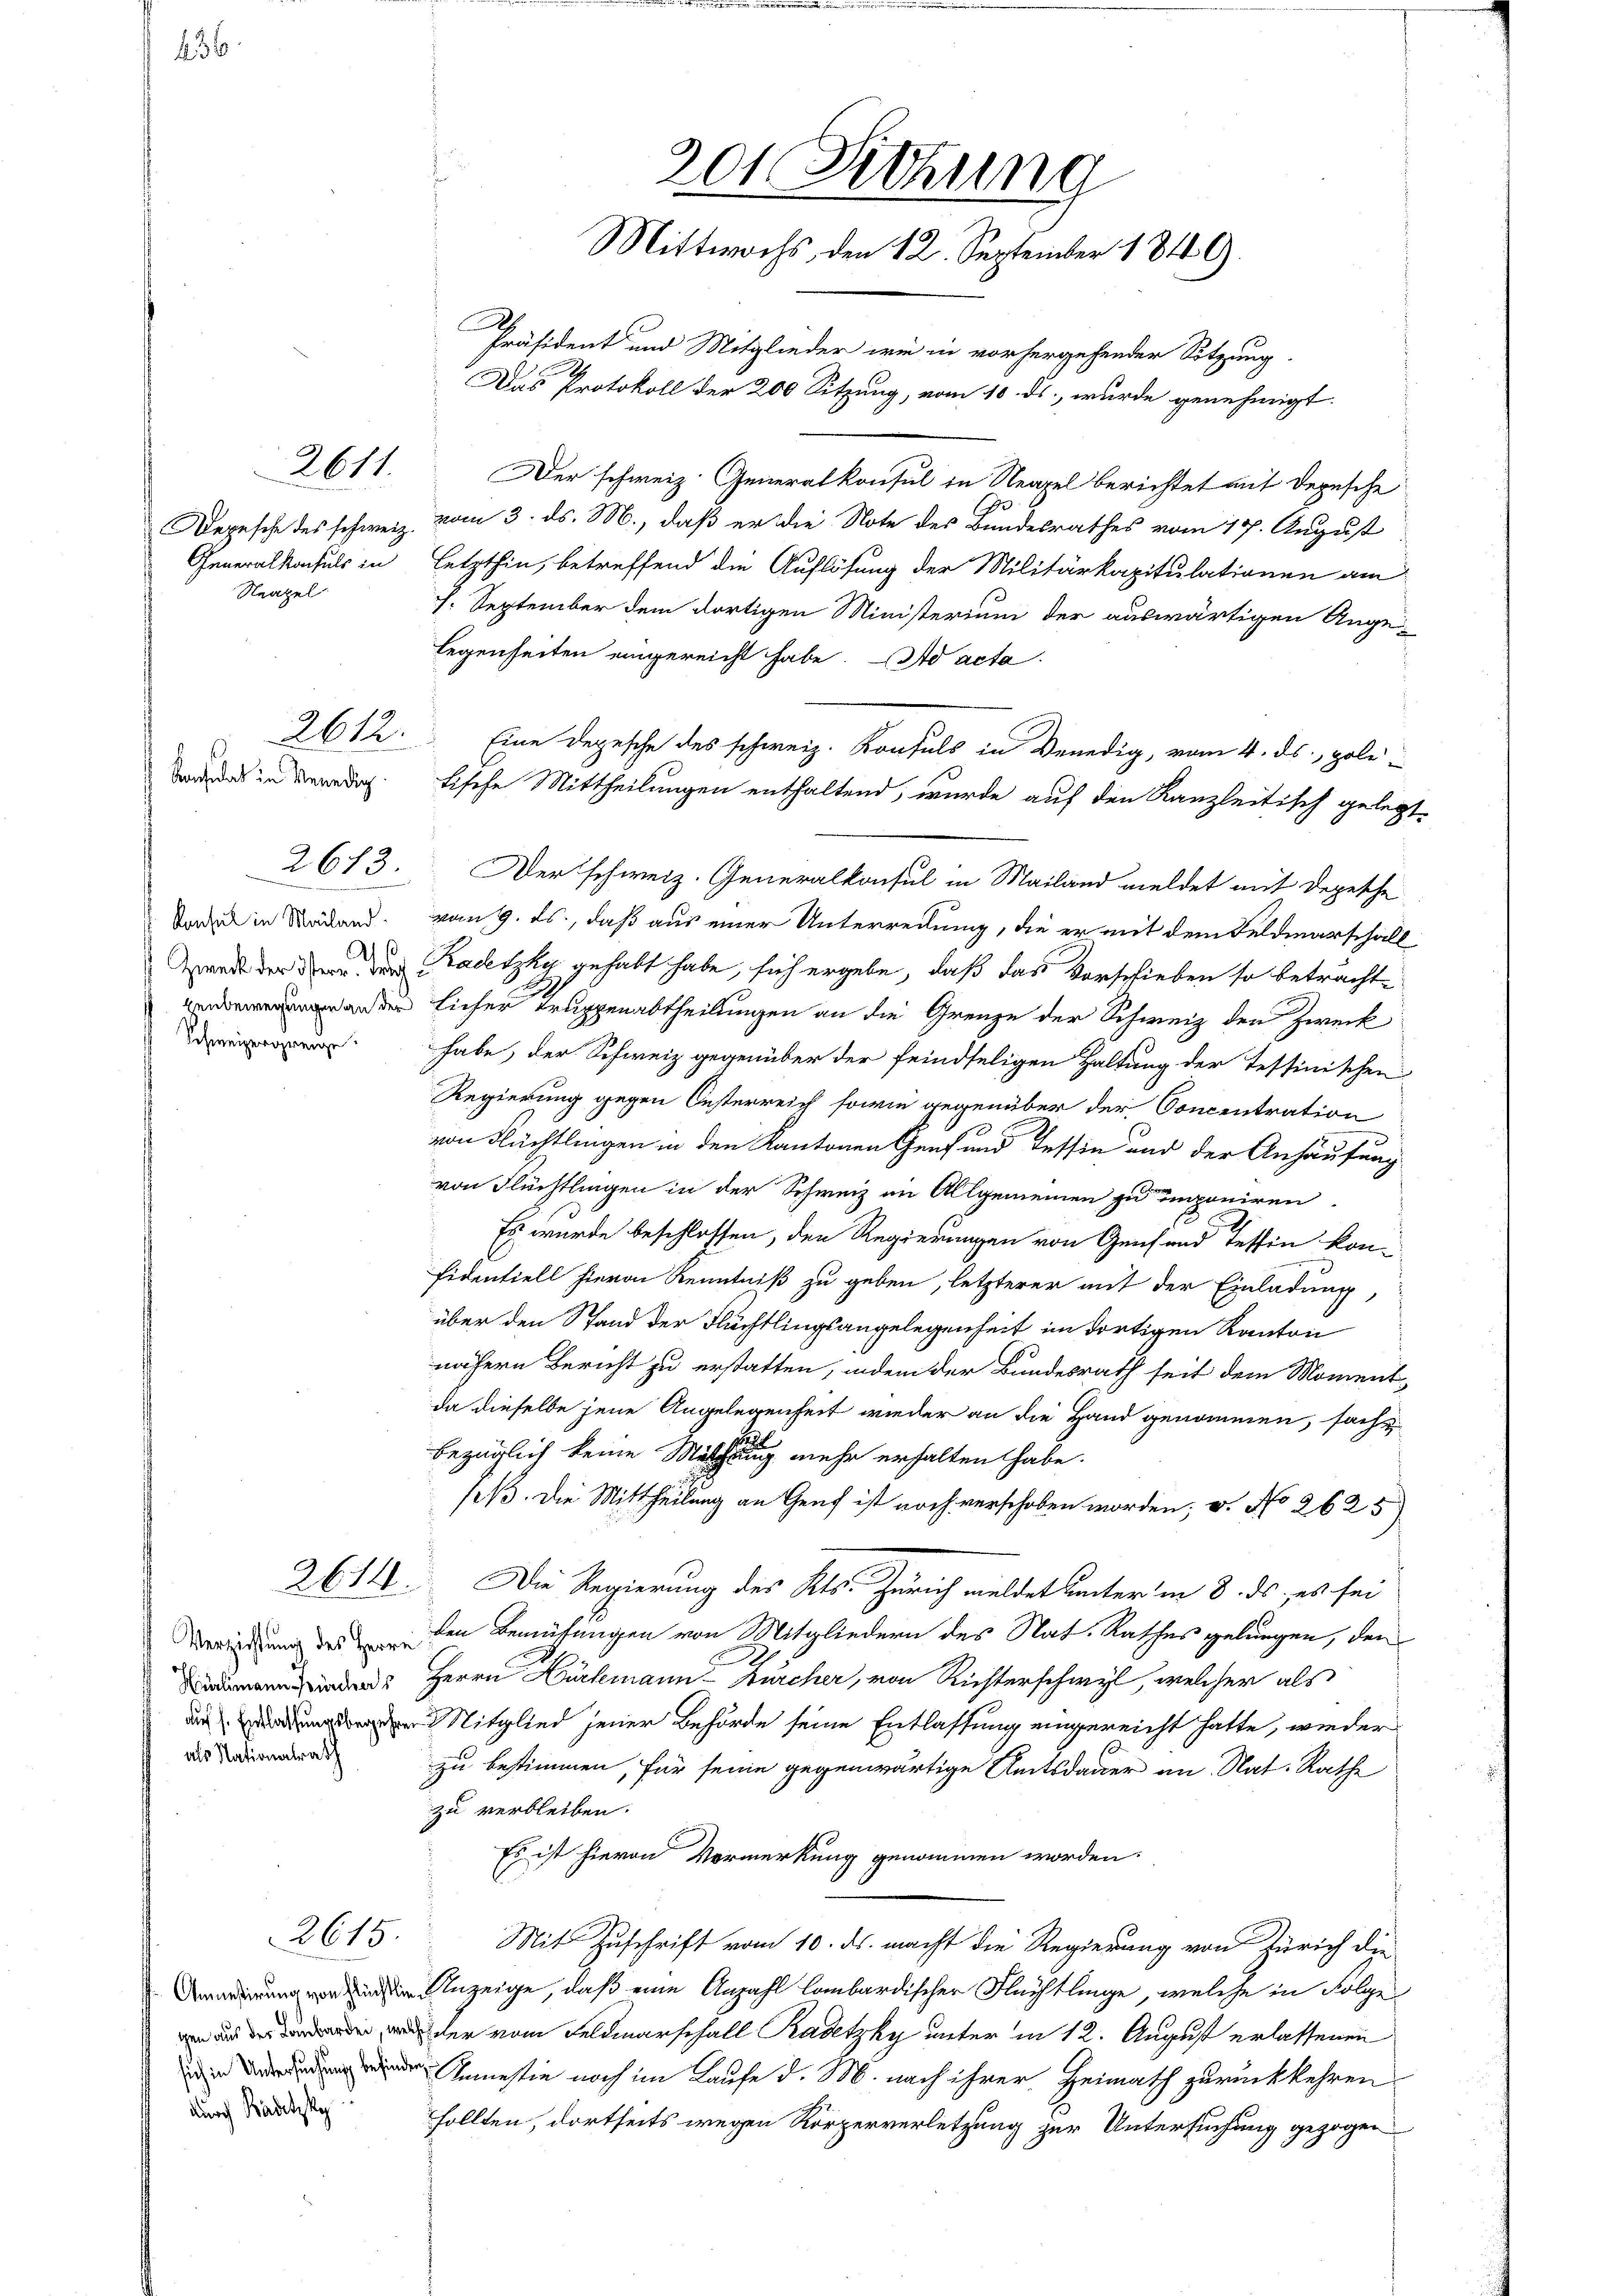
236.

2611.

Depesche des schweiz.
Generalkonsuls in
Neapel

Konsidat in Venedig

ß
Zweck der österr. Trig
henbewegungen an der
Schweizergrenze

2673.

2614.

Hürlimann Bürchers
als Nationalrath

Anmesirung von Flüchtlingen aus der Lombarden, welche
sich in Untersuchung befinden,
durch Kadetzky

2615.

201. Sitzung
Mittwochs, den 12. September 1849.
Präsident und Mitglieder wir in vorhergehender Sitzung

Der schweiz. Generalkonsul in Neapel berichtet mit Depesche
J.
vom 3. ds. M., daß er die Note des Bundesrathes vom 17. August
letzthin, betreffend die Auflösung der Militärkapitulationen am
h. September dem dortigen Ministerium der auswärtigen Angelegenseiten eingereicht habe. Ad acta
2612. Eine Depesche des schweiz. Konsuls in Venedig, vom 4. ds., poli-
fische Mittheilungen enthaltend, wurde auf den Kanzleitisch geleg¬
Der schweiz. Generalkonsul in Mailand meldet mit Depesche
Forden in Wäden vom 9. ds., daß aus einer Unterredung, die er mit dem Feldmarschall
Kadetzky gehabt habe, sich ergebe, daß das Vorschieben so beträchtlicher Truppenabtheilungen an die Grenze der Schweiz den Zweck
habe, der Schweiz gegenüber der feindseligen Haltung der Tessinischen
Regierung gegen Oesterreich sowie gegenüber der Concentration
von Flüchtlingen in den Kantonen Genf und Tessin und der Anhäufung
von Flüchtlingen in der Schweiz im Allgemeinen zu imponiren.
Es wurde beschlossen, den Regierungen von Genfand Tessin kon-
fidentiell hievon Kenntniß zu geben, letzterer mit der Einladung,
über den Stand der Flüchtlingsangelegenheit im dortigen Kanton
nähern Bericht zu erstatten, indem der Bundesrath seit dem Moment-
da dieselbe jene Angelegenheit wieder an die Hand genommen, sache
bezüglich keine Melcherung mehr erhalten habe.
seß. Die Mittheilung an Genf ist noch verschoben worden; v. No 2625)
Die Regierung des Kts. Zürich meldet unter in 8. ds. es sei
Versetzung des den Bemühungen von Mitgliedern des Nat. Rathes gelungen, den
Herrn Hürlimann Zürcher, von Richterschwyl, welcher als
Die Mitglied jener Behörde seine Entlassung eingereicht hatte, wieder
zu bestimmen, für seine gegenwärtige Amtsdauer an. Nat. Rathe
zu verbleiben.
Es ist hievon Vormerkung genommen worden.
Mit Zuschrift vom 10. ds. macht die Regierung von Zürich die
Anzeige, daß eine Anzahl lombardischer Flüchtlinge, welche in Folge
der vom Feldmarschall Radetzky unter in 12. August erlassenen
Anmessin noch im Laufe d. M. nach ihrer Heimath zurückkehren
sollten, dortseits wegen Körperverletzung zur Untersuchung gezogen

Das Protokoll der 200 Sitzung, vom 10. ds. wurde genehmigt.